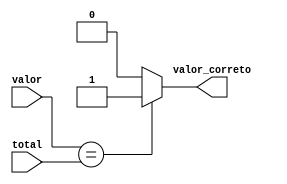
/* Modulo de verificacao do valor inserido, responsavel por verificar se o valor inserido foi 
	ou nao igual ao do produto desejado
	Criado por: Antony Araujo e Ozenilson Alisson 
	Data: 18 jun 2021*/

module vericador_valor(total, valor,  valor_correto);
	input[3:0]total, valor; // valor total acumulado e valor do produto
	output reg valor_correto;
	
	always @ (valor) begin //se o valor for igual valor_correto recebe nivel logico alto, senao ele recebera nivel baixo
		if(valor == total) begin 
			valor_correto = 1;
		end else begin
			valor_correto = 0;
		end
	end
	
endmodule